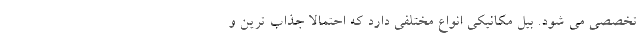
تخصصی می شود. بیل مکانیکی انواع مختلفی دارد که احتمالا جذاب ترین و